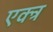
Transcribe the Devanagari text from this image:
एक्त्र